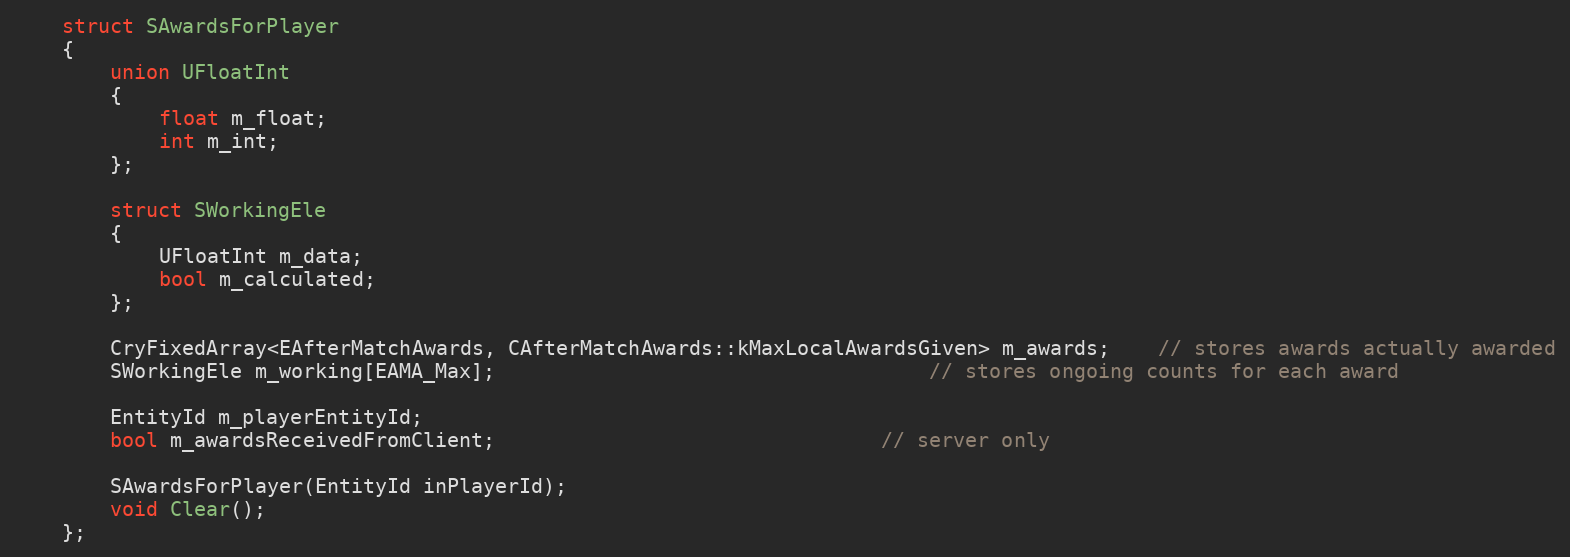
Language: C
	struct SAwardsForPlayer
	{
		union UFloatInt
		{
			float m_float;
			int m_int;
		};

		struct SWorkingEle
		{
			UFloatInt m_data;
			bool m_calculated;
		};

		CryFixedArray<EAfterMatchAwards, CAfterMatchAwards::kMaxLocalAwardsGiven> m_awards;	// stores awards actually awarded
		SWorkingEle m_working[EAMA_Max];									// stores ongoing counts for each award

		EntityId m_playerEntityId;
		bool m_awardsReceivedFromClient;								// server only

		SAwardsForPlayer(EntityId inPlayerId);
		void Clear();
	};